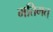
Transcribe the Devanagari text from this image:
मतिमत्‌